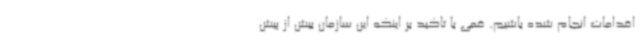
اقدامات انجام شده باشیم. قمی با تاکید بر اینکه این سازمان بیش از پیش